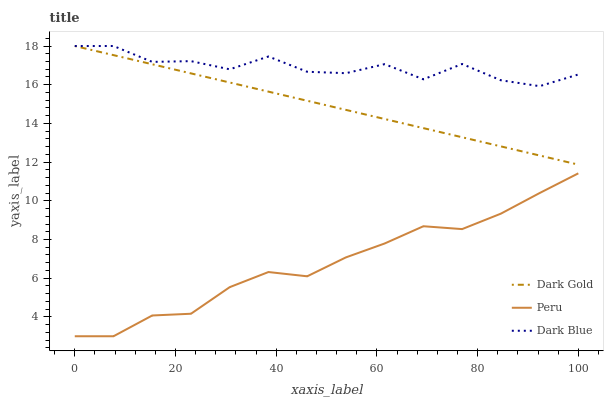
| xaxis_label | Dark Gold | Peru | Dark Blue |
 | --- | --- | --- | --- |
 | 0 | 18 | 3 | 18 |
 | 7.69 | 17.5 | 3 | 18 |
 | 15.4 | 17.1 | 4.07 | 17.2 |
 | 23.1 | 16.6 | 4.16 | 17.2 |
 | 30.8 | 16.1 | 5.54 | 16.8 |
 | 38.5 | 15.6 | 6.32 | 17.5 |
 | 46.2 | 15.2 | 6.1 | 16.7 |
 | 53.8 | 14.7 | 7.08 | 16.6 |
 | 61.5 | 14.2 | 7.79 | 17.1 |
 | 69.2 | 13.8 | 8.69 | 16.3 |
 | 76.9 | 13.3 | 8.54 | 17.1 |
 | 84.6 | 12.8 | 9.34 | 16.2 |
 | 92.3 | 12.3 | 10.4 | 15.9 |
 | 100 | 11.9 | 11.4 | 16.5 |